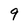
Character: 9